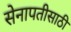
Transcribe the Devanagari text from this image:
सेनापतीसाठी